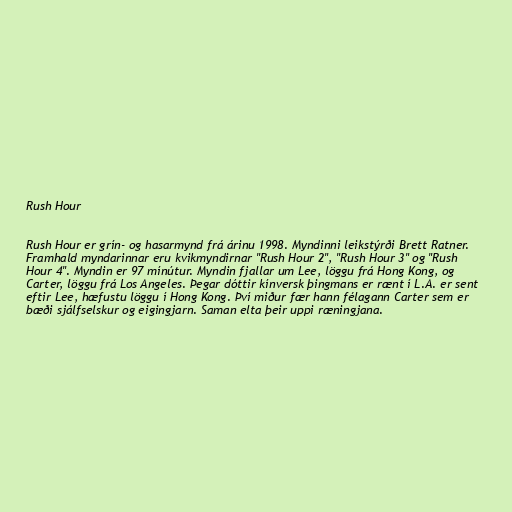
Rush Hour

Rush Hour er grín- og hasarmynd frá árinu 1998. Myndinni leikstýrði Brett Ratner.
Framhald myndarinnar eru kvikmyndirnar "Rush Hour 2", "Rush Hour 3" og "Rush
Hour 4". Myndin er 97 mínútur. Myndin fjallar um Lee, löggu frá Hong Kong, og
Carter, löggu frá Los Angeles. Þegar dóttir kínversk þingmans er rænt í L.A. er sent
eftir Lee, hæfustu löggu í Hong Kong. Því miður fær hann félagann Carter sem er
bæði sjálfselskur og eigingjarn. Saman elta þeir uppi ræningjana.